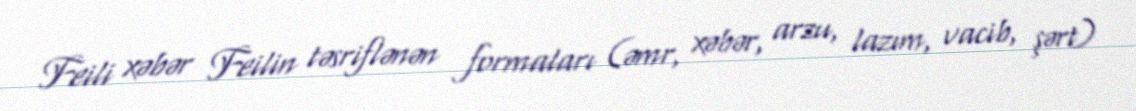
Feili xəbər Feilin təsriflənən formaları (əmr, xəbər, arzu, lazım, vacib, şərt)